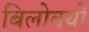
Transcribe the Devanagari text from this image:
बिलोक्यों